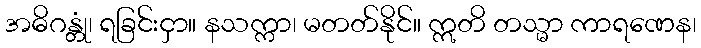
အဓိဂန္တုံ၊ ရခြင်းငှာ။ နသက္ကာ၊ မတတ်နိုင်။ ဣတိ တသ္မာ ကာရဏေန၊